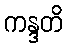
ကန္ဒတိ